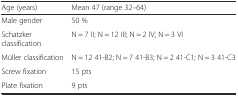
| Age (years) | Mean 47 (range 32–64) |
 | --- | --- |
 | Male gender | 50 % |
 | Schatzker classification | N = 7 II; N = 12 III; N = 2 IV; N = 3 VI |
 | Müller classification | N = 12 41-B2; N = 7 41-B3; N = 2 41-C1; N = 3 41-C3 |
 | Screw fixation | 15 pts |
 | Plate fixation | 9 pts |